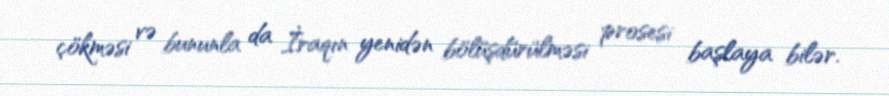
çökməsi və bununla da İraqın yenidən bölüşdürülməsi prosesi başlaya bilər.